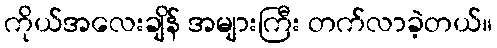
ကိုယ်အလေးချိန် အများကြီး တက်လာခဲ့တယ်။